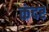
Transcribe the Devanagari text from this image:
कंदर